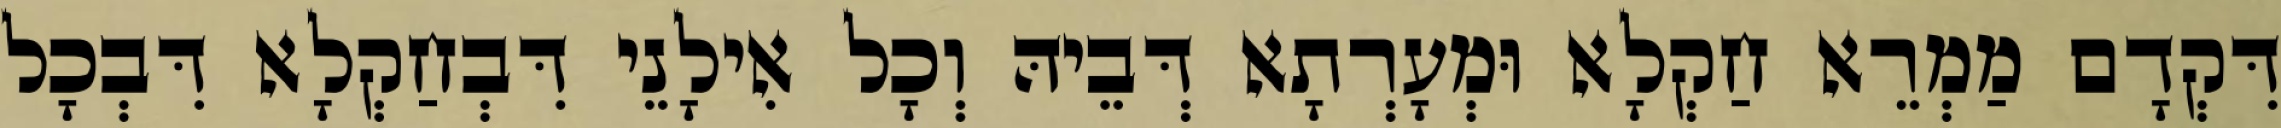
דִּקְדָם מַמְרֵא חַקְלָא וּמְעָרְתָא דְּבֵיהּ וְכָל אִילָנֵי דִּבְחַקְלָא דִּבְכָל